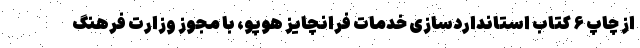
از چاپ ۶ کتاب استانداردسازی خدمات فرانچایز هوپو، با مجوز وزارت فرهنگ